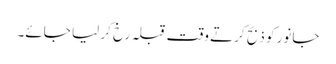
جانور کو ذبح کرتے وقت قبلہ رخ کر لیا جائے۔